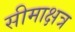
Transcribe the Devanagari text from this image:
सीमाक्षत्र